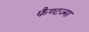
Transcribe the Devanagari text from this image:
फैण्टज्मा